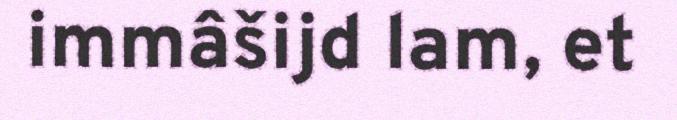
immâšijd lam, et